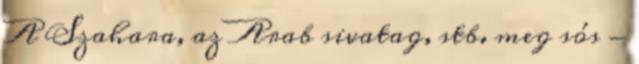
A Szahara, az Arab sivatag, stb. meg sós -